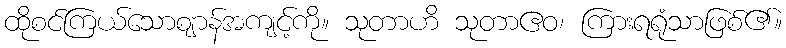
ထိုစင်ကြယ်သောဈာန်အကျင့်ကို။ သုတာဟိ သုတာဧဝ၊ ကြားရရုံသာဖြစ်၏။